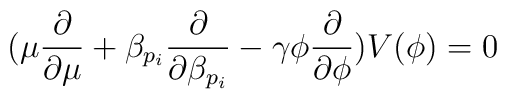
(\mu \frac{\partial}{\partial \mu} + \beta_{p_i}\frac{\partial}{\partial\beta_{p_i}} - \gamma \phi\frac{\partial}{\partial \phi}) V(\phi) = 0